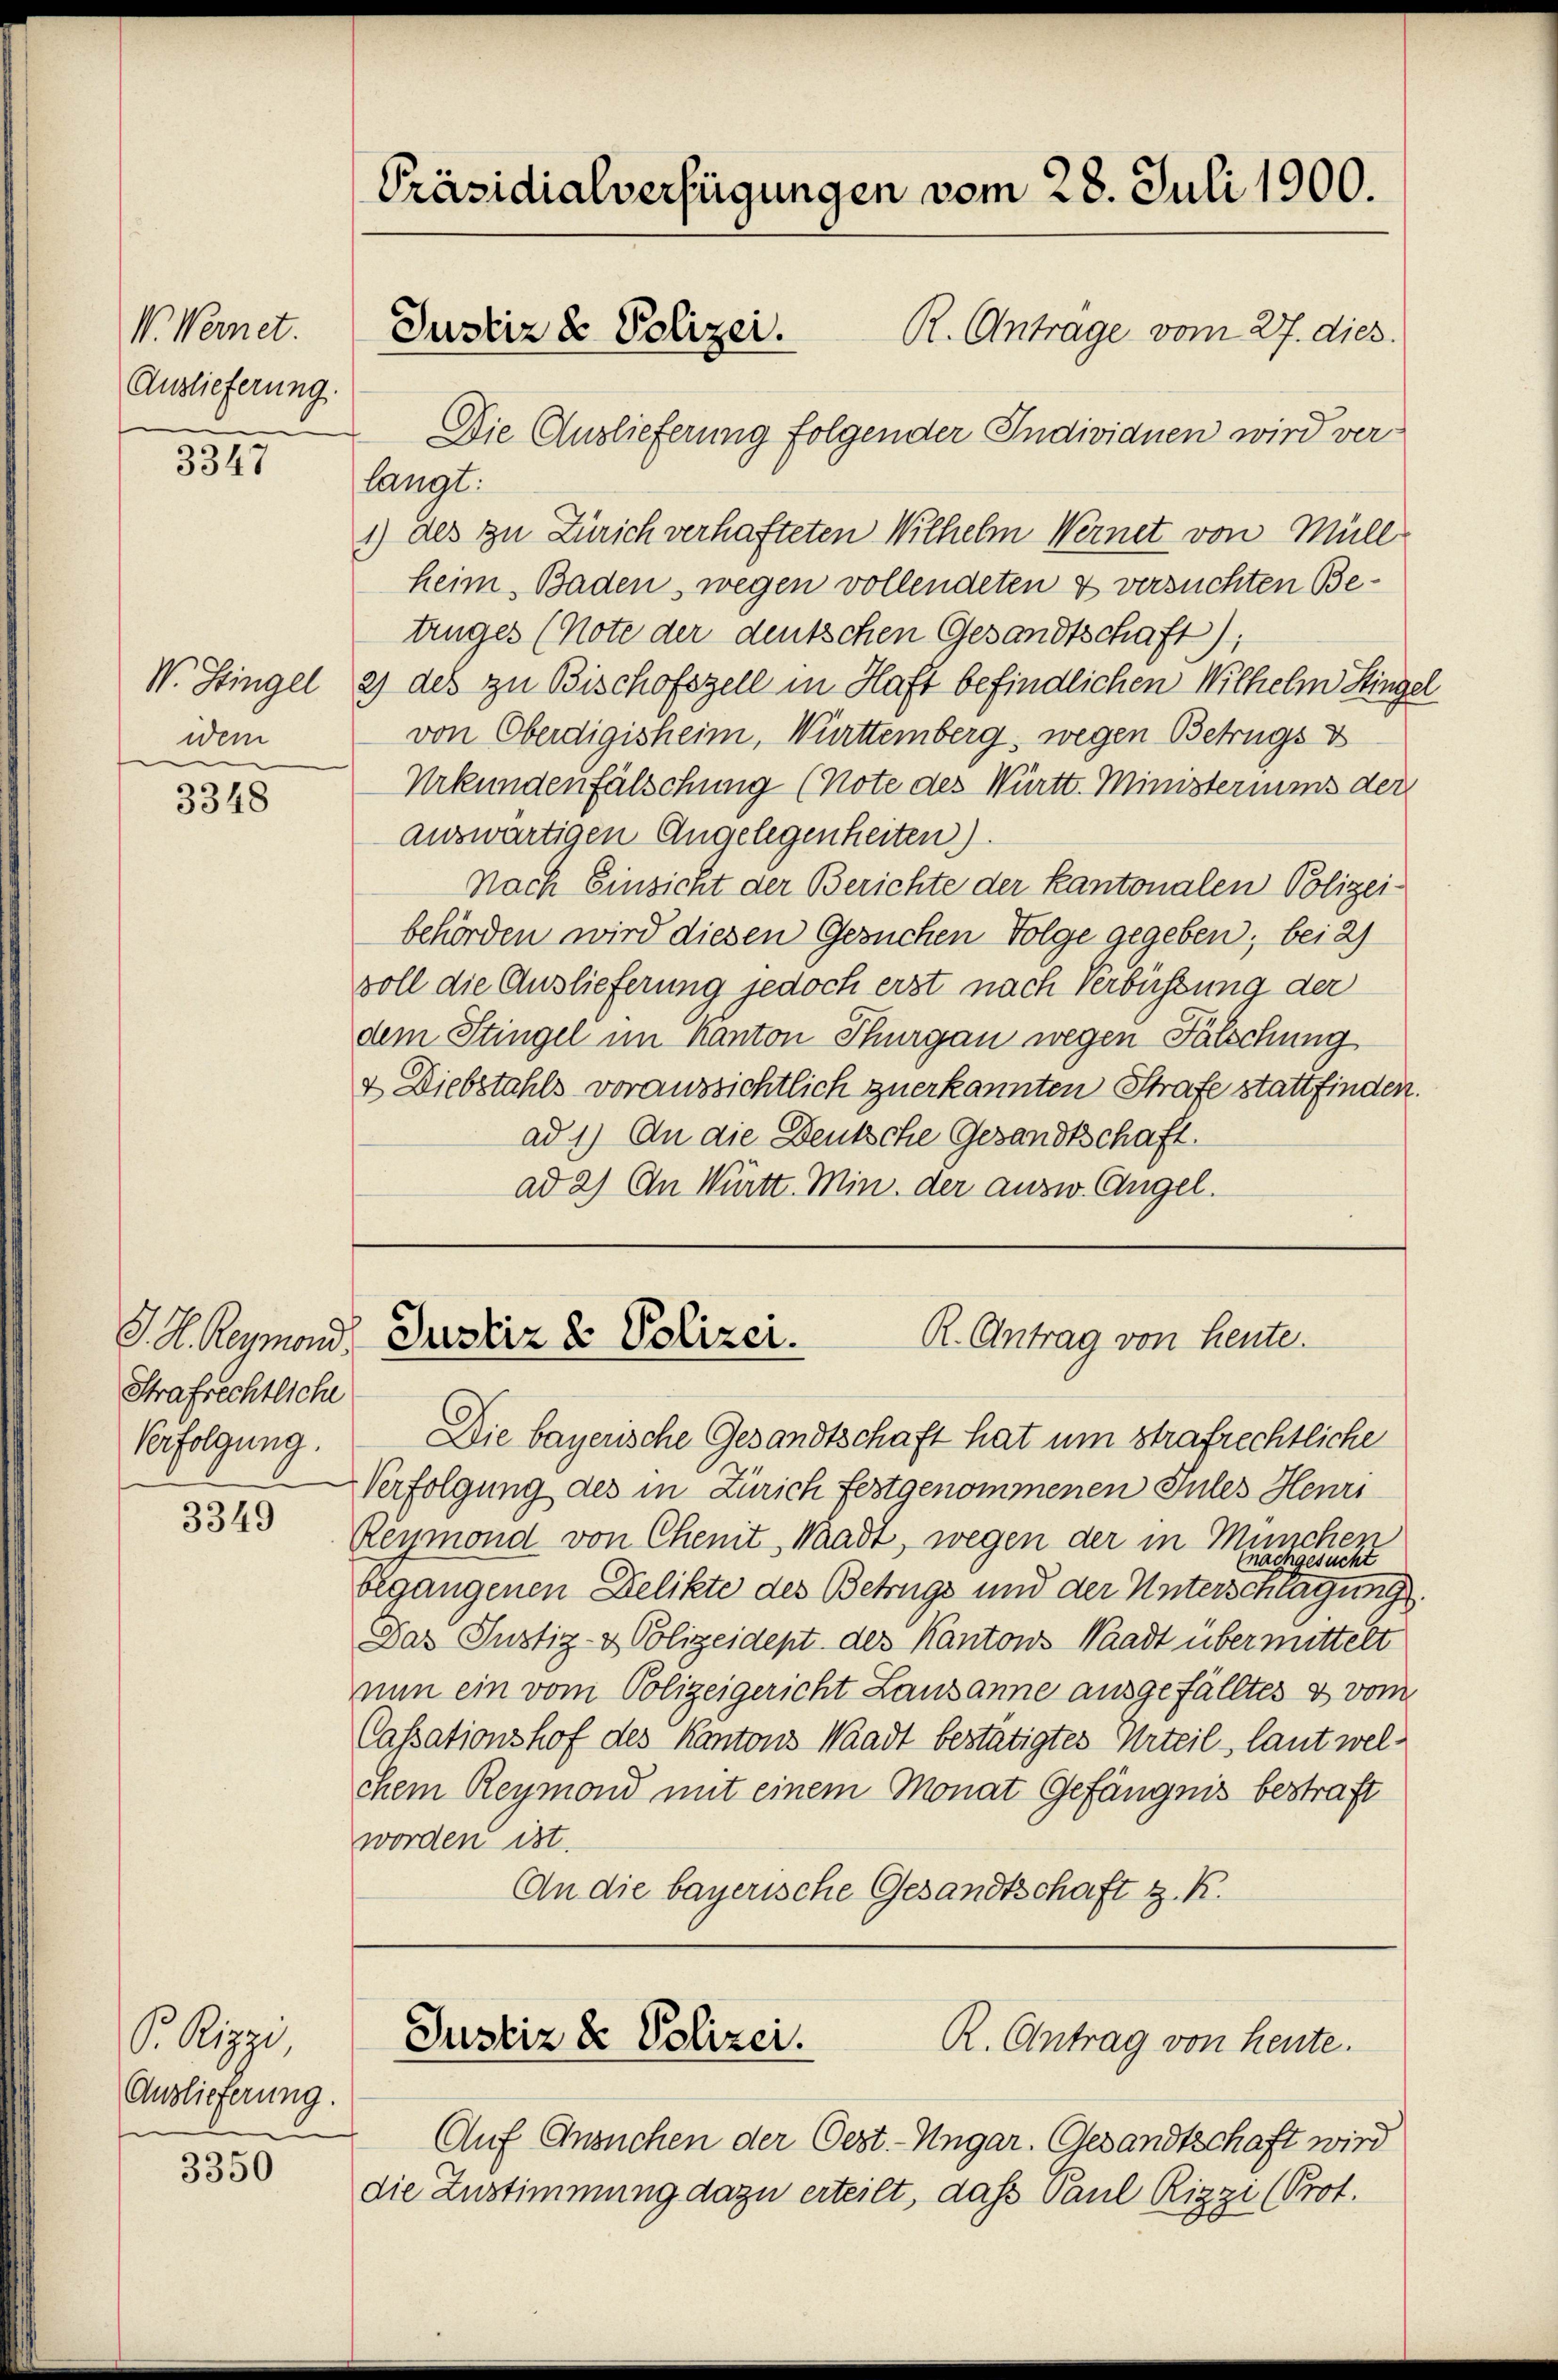
V. Wernet.
Auslieferung.

3347

idem
n

3348

J. H. Reymond.
Strafrechtliche
Verfolgung.

3349

S Rippe,
Auslieferung.

3350

Präsidialverfügungen vom 28. Juli 1900.
R. Antrage vom 27. dies
Justiz & Polizei.

Die Auslieferung folgender Indivianen wird ver-
langt:
1) des zu Zürich verhafteten Wilhelm Wernet von Müll
heim Baden, wegen vollendeten & versuchten Betruges (Note der deutschen Gesandtschaft);
W. Stingel 2) des zu Bischofszell in Haft befindlichen Wilhelm Singel
von Oberdigisheim, Württemberg, wegen Betrugs v
Urkundenfälschung (Note des Württ. Ministeriums der
auswärtigen Angelegenheiten).
Nach Einsicht der Berichte der Kantonalen Polizei-
behörden wird diesen Gesuchen Folge gegeben; bei 2)
voll die Auslieferung jedoch erst nach Verbüssung der
dem Stingel im Kanton Thurgau wegen Fälschung
& Diebstahls voraussichtlich zuerkannten Strafe stattfinden.
ad 1) An die Deutsche Gesandtschaft.
ad 2) An Württ. Min. der ausw. Angel.

Die bayerische Gesandtschaft hat um strafrechtliche
Verfolgung des in Zürich festgenommenen Sules Henri
Reymond von Chemit Waadt, wegen der in München
nact
gesucht
begangenen Delikte des Betrugs und der Unterschlagung.
Das Justiz- & Polizeidept des Kantons Waadt übermittelt
nun ein vom Polizeigericht Lausanne ausgefälltes & vom
Cassationshof des Kantons Waadt bestätigtes Urteil, laut welchem Reymond mit einem Monat Gefängnis bestraft
worden ist.
An die bayerische Gesandtschaft z. R.

R. Antrag von heute.
Justiz & Polizei.

Auf Ansuchen der Oest-Ungar. Gesandtschaft wird
die Zustimmung dazu erteilt, daß Paul Rizzi (Prot.

Justiz & Polizei.
R. Antrag von heute.